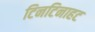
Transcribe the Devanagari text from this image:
टिनटिनाहट